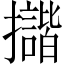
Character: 𢹆